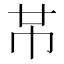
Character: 𫷄